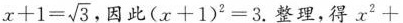
$$x + 1 = \sqrt { 3 }$$ ，因此$$( x + 1 ) ^ { 2 } = 3$$.整理，得$$x ^ { 2 } +